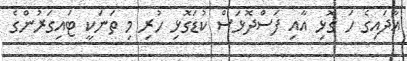
އާދައިގެ ހަ ގޮޅި އާއި ފަސްދޮޅަސް ކުޑަގޮޅި ހުރި މި ތަނަކީ ޓައިގަރުންގެ